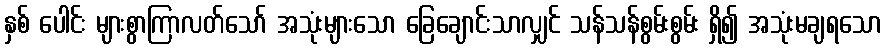
နှစ် ပေါင်း များစွာကြာလတ်သော် အသုံးများသော ခြေချောင်းသာလျှင် သန်သန်စွမ်းစွမ်း ရှိ၍ အသုံးမချရသော